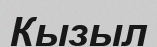
Кызыл